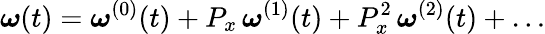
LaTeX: \boldsymbol{\omega}(t)=\boldsymbol{\omega}^{(0)}(t)+P_{x}\, \boldsymbol{\omega}^{(1)}(t)+P_{x}^{2}\, \boldsymbol{\omega}^{(2)}(t)+\dots